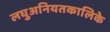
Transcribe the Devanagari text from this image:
लघुअनियतकालिके